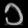
Digit: ၁